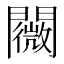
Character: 𨷋